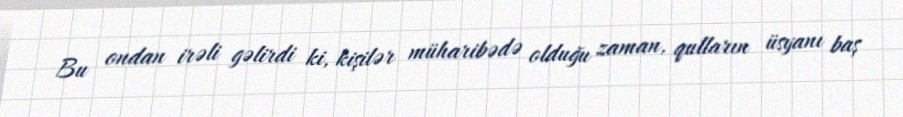
Bu ondan irəli gəlirdi ki, kişilər müharibədə olduğu zaman, qulların üsyanı baş